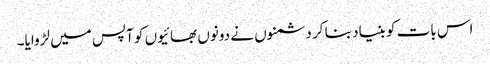
اس بات کو بنیاد بنا کر دشمنوں نے دونوں بھائیوں کو آپس میں لڑوایا۔